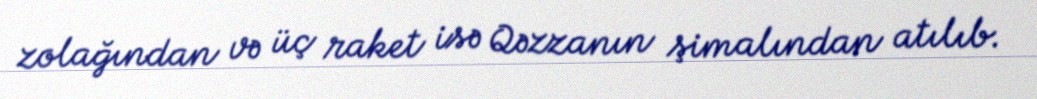
zolağından və üç raket isə Qəzzanın şimalından atılıb.